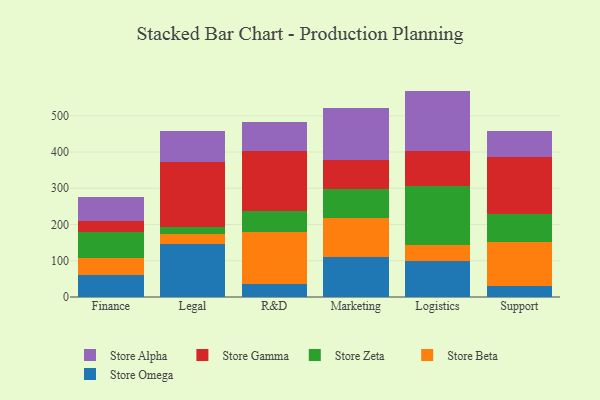
{"axis": {"x": "Department", "y": "Inventory Turnover"}, "legend": ["Store Alpha", "Store Beta", "Store Gamma", "Store Omega", "Store Zeta"], "data": [{"x": "Finance", "y": 59.9, "type": "Store Omega"}, {"x": "Finance", "y": 48.5, "type": "Store Beta"}, {"x": "Finance", "y": 69.8, "type": "Store Zeta"}, {"x": "Finance", "y": 30.9, "type": "Store Gamma"}, {"x": "Finance", "y": 66.3, "type": "Store Alpha"}, {"x": "Legal", "y": 146.7, "type": "Store Omega"}, {"x": "Legal", "y": 26.3, "type": "Store Beta"}, {"x": "Legal", "y": 20.7, "type": "Store Zeta"}, {"x": "Legal", "y": 177.6, "type": "Store Gamma"}, {"x": "Legal", "y": 87.3, "type": "Store Alpha"}, {"x": "R&D", "y": 35.7, "type": "Store Omega"}, {"x": "R&D", "y": 143.1, "type": "Store Beta"}, {"x": "R&D", "y": 59.3, "type": "Store Zeta"}, {"x": "R&D", "y": 164.3, "type": "Store Gamma"}, {"x": "R&D", "y": 81.2, "type": "Store Alpha"}, {"x": "Marketing", "y": 111.6, "type": "Store Omega"}, {"x": "Marketing", "y": 106.8, "type": "Store Beta"}, {"x": "Marketing", "y": 79.8, "type": "Store Zeta"}, {"x": "Marketing", "y": 80.7, "type": "Store Gamma"}, {"x": "Marketing", "y": 142.8, "type": "Store Alpha"}, {"x": "Logistics", "y": 98.9, "type": "Store Omega"}, {"x": "Logistics", "y": 45.9, "type": "Store Beta"}, {"x": "Logistics", "y": 160.4, "type": "Store Zeta"}, {"x": "Logistics", "y": 98.2, "type": "Store Gamma"}, {"x": "Logistics", "y": 165.5, "type": "Store Alpha"}, {"x": "Support", "y": 31.4, "type": "Store Omega"}, {"x": "Support", "y": 121.4, "type": "Store Beta"}, {"x": "Support", "y": 76.1, "type": "Store Zeta"}, {"x": "Support", "y": 157.2, "type": "Store Gamma"}, {"x": "Support", "y": 72.2, "type": "Store Alpha"}]}